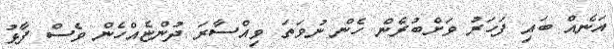
އަނެއް ބައި ފަހަރު ވަށްބުރެން ހެން ނުވަތަ ވިއްސާރަ ދުންޏެއްހެން ވެސް ފާޅު